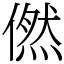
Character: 㒄